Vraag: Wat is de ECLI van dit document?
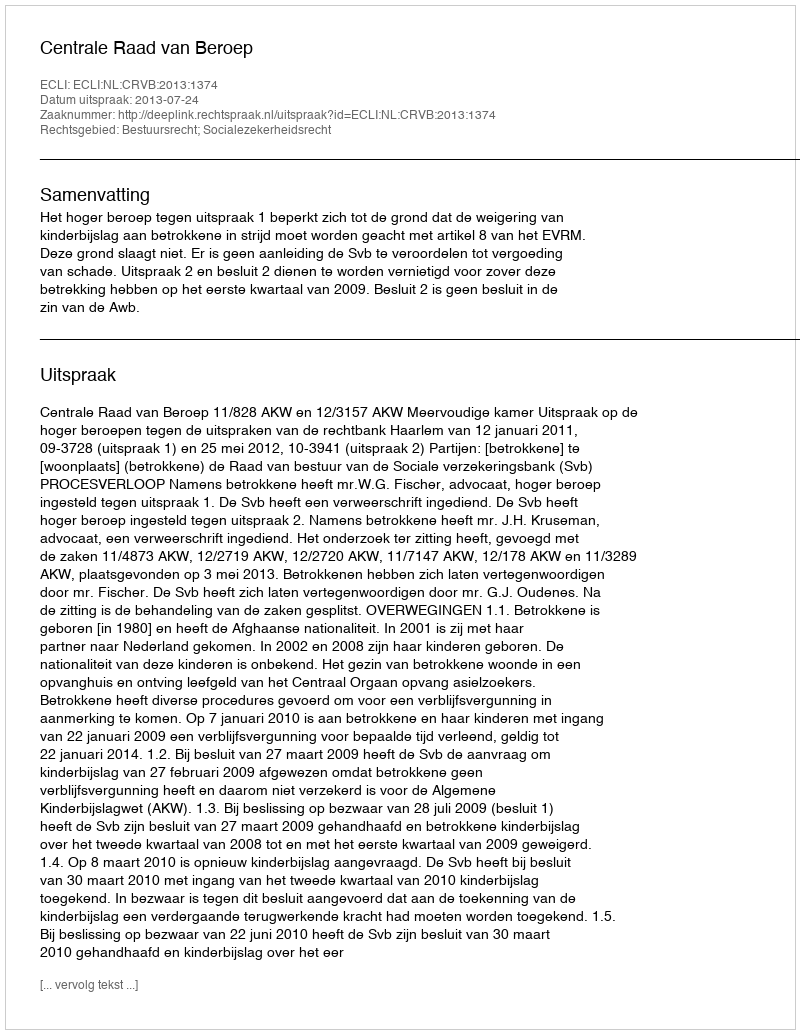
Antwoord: ECLI:NL:CRVB:2013:1374